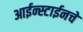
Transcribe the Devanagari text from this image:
आईन्स्टाईनचे